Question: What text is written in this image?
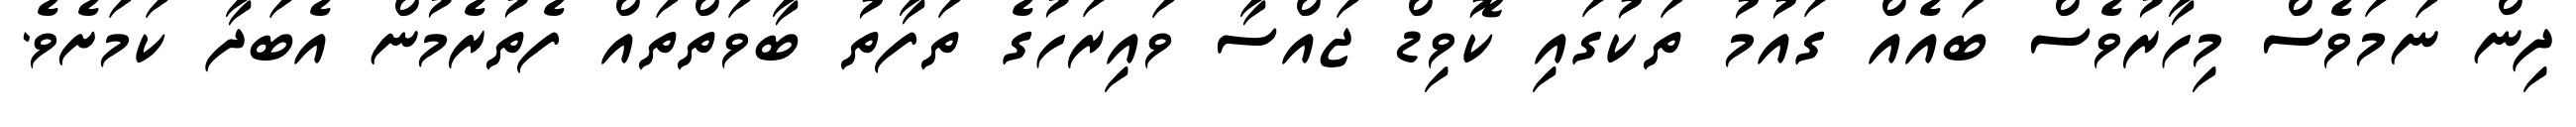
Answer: ދިން ނަމަވެސް މިހާރުވެސް ބައެއް ގައުމު ތަކުގައި ކޮވިޑް ޖައްސާ ވައިރަހުގެ ތަފާތު ބާވަތްތައް ފެތުރެމުން އެބަދާ ކަމަށެވެ.